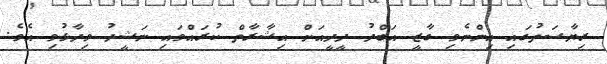
ރިޔާސަތުގައި އިންނެވި ގާޒީ އަބްދު ދީދީއަށް އިޝާރާތް ކުރައްވައި ނަޝީދު ވިދާޅުވި އެވެ.